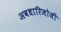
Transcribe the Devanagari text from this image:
अवधारिजोजी